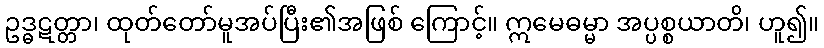
ဥဒ္ဓဋတ္တာ၊ ထုတ်တော်မူအပ်ပြီး၏အဖြစ် ကြောင့်။ ဣမေဓမ္မာ အပ္ပစ္စယာတိ၊ ဟူ၍။